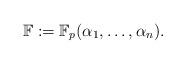
LaTeX: \begin{align*}\mathbb{F}:=\mathbb{F}_p(\alpha_1,\dots,\alpha_n).\end{align*}